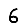
Digit: 6